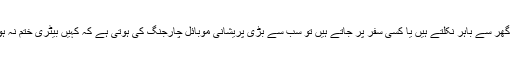
ہم جب گھر سے باہر نکلتے ہیں یا کسی سفر پر جاتے ہیں تو سب سے بڑی پریشانی موبائل چارجنگ کی ہوتی ہے کہ کہیں بیٹری ختم نہ ہوجائے۔